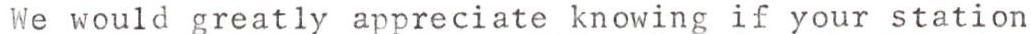
We would greatly appreciate knowing if your station